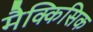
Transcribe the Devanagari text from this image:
मैक्किसिक